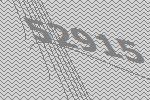
52915